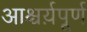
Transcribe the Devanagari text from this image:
आश्चर्य़पूर्ण